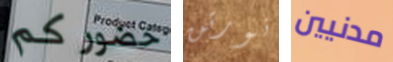
حضوركم نورتن مدنيين